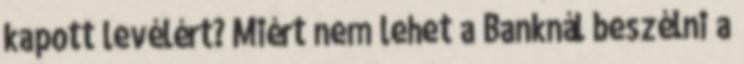
kapott levélért? Miért nem lehet a Banknál beszélni a